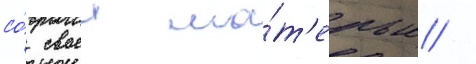
со́ своеи ма́т'ерью /